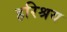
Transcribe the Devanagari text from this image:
हरिश्रय